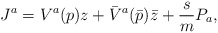
\begin{align*}J^a=V^a(p)z+{\bar V}^a({\bar p}){\bar z}+ \frac{s}{m}P_a,\end{align*}